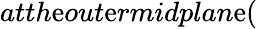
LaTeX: atth\mathrm{e}out\mathrm{e}rmidplan\mathrm{e}(